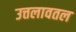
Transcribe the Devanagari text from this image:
उत्तलावतल